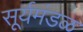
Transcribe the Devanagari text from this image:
सूर्यमंडळ